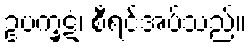
ဥပက္ခဋံ၊ စီရင်အပ်သည်။